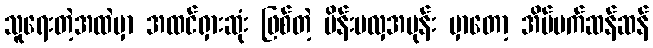
သူရေးတဲ့အထဲမှာ အထင်ရှားဆုံး ဖြစ်တဲ့ မိန်းမလှအမုန်း မှာတော့ အိပ်မက်ဆန်ဆန်